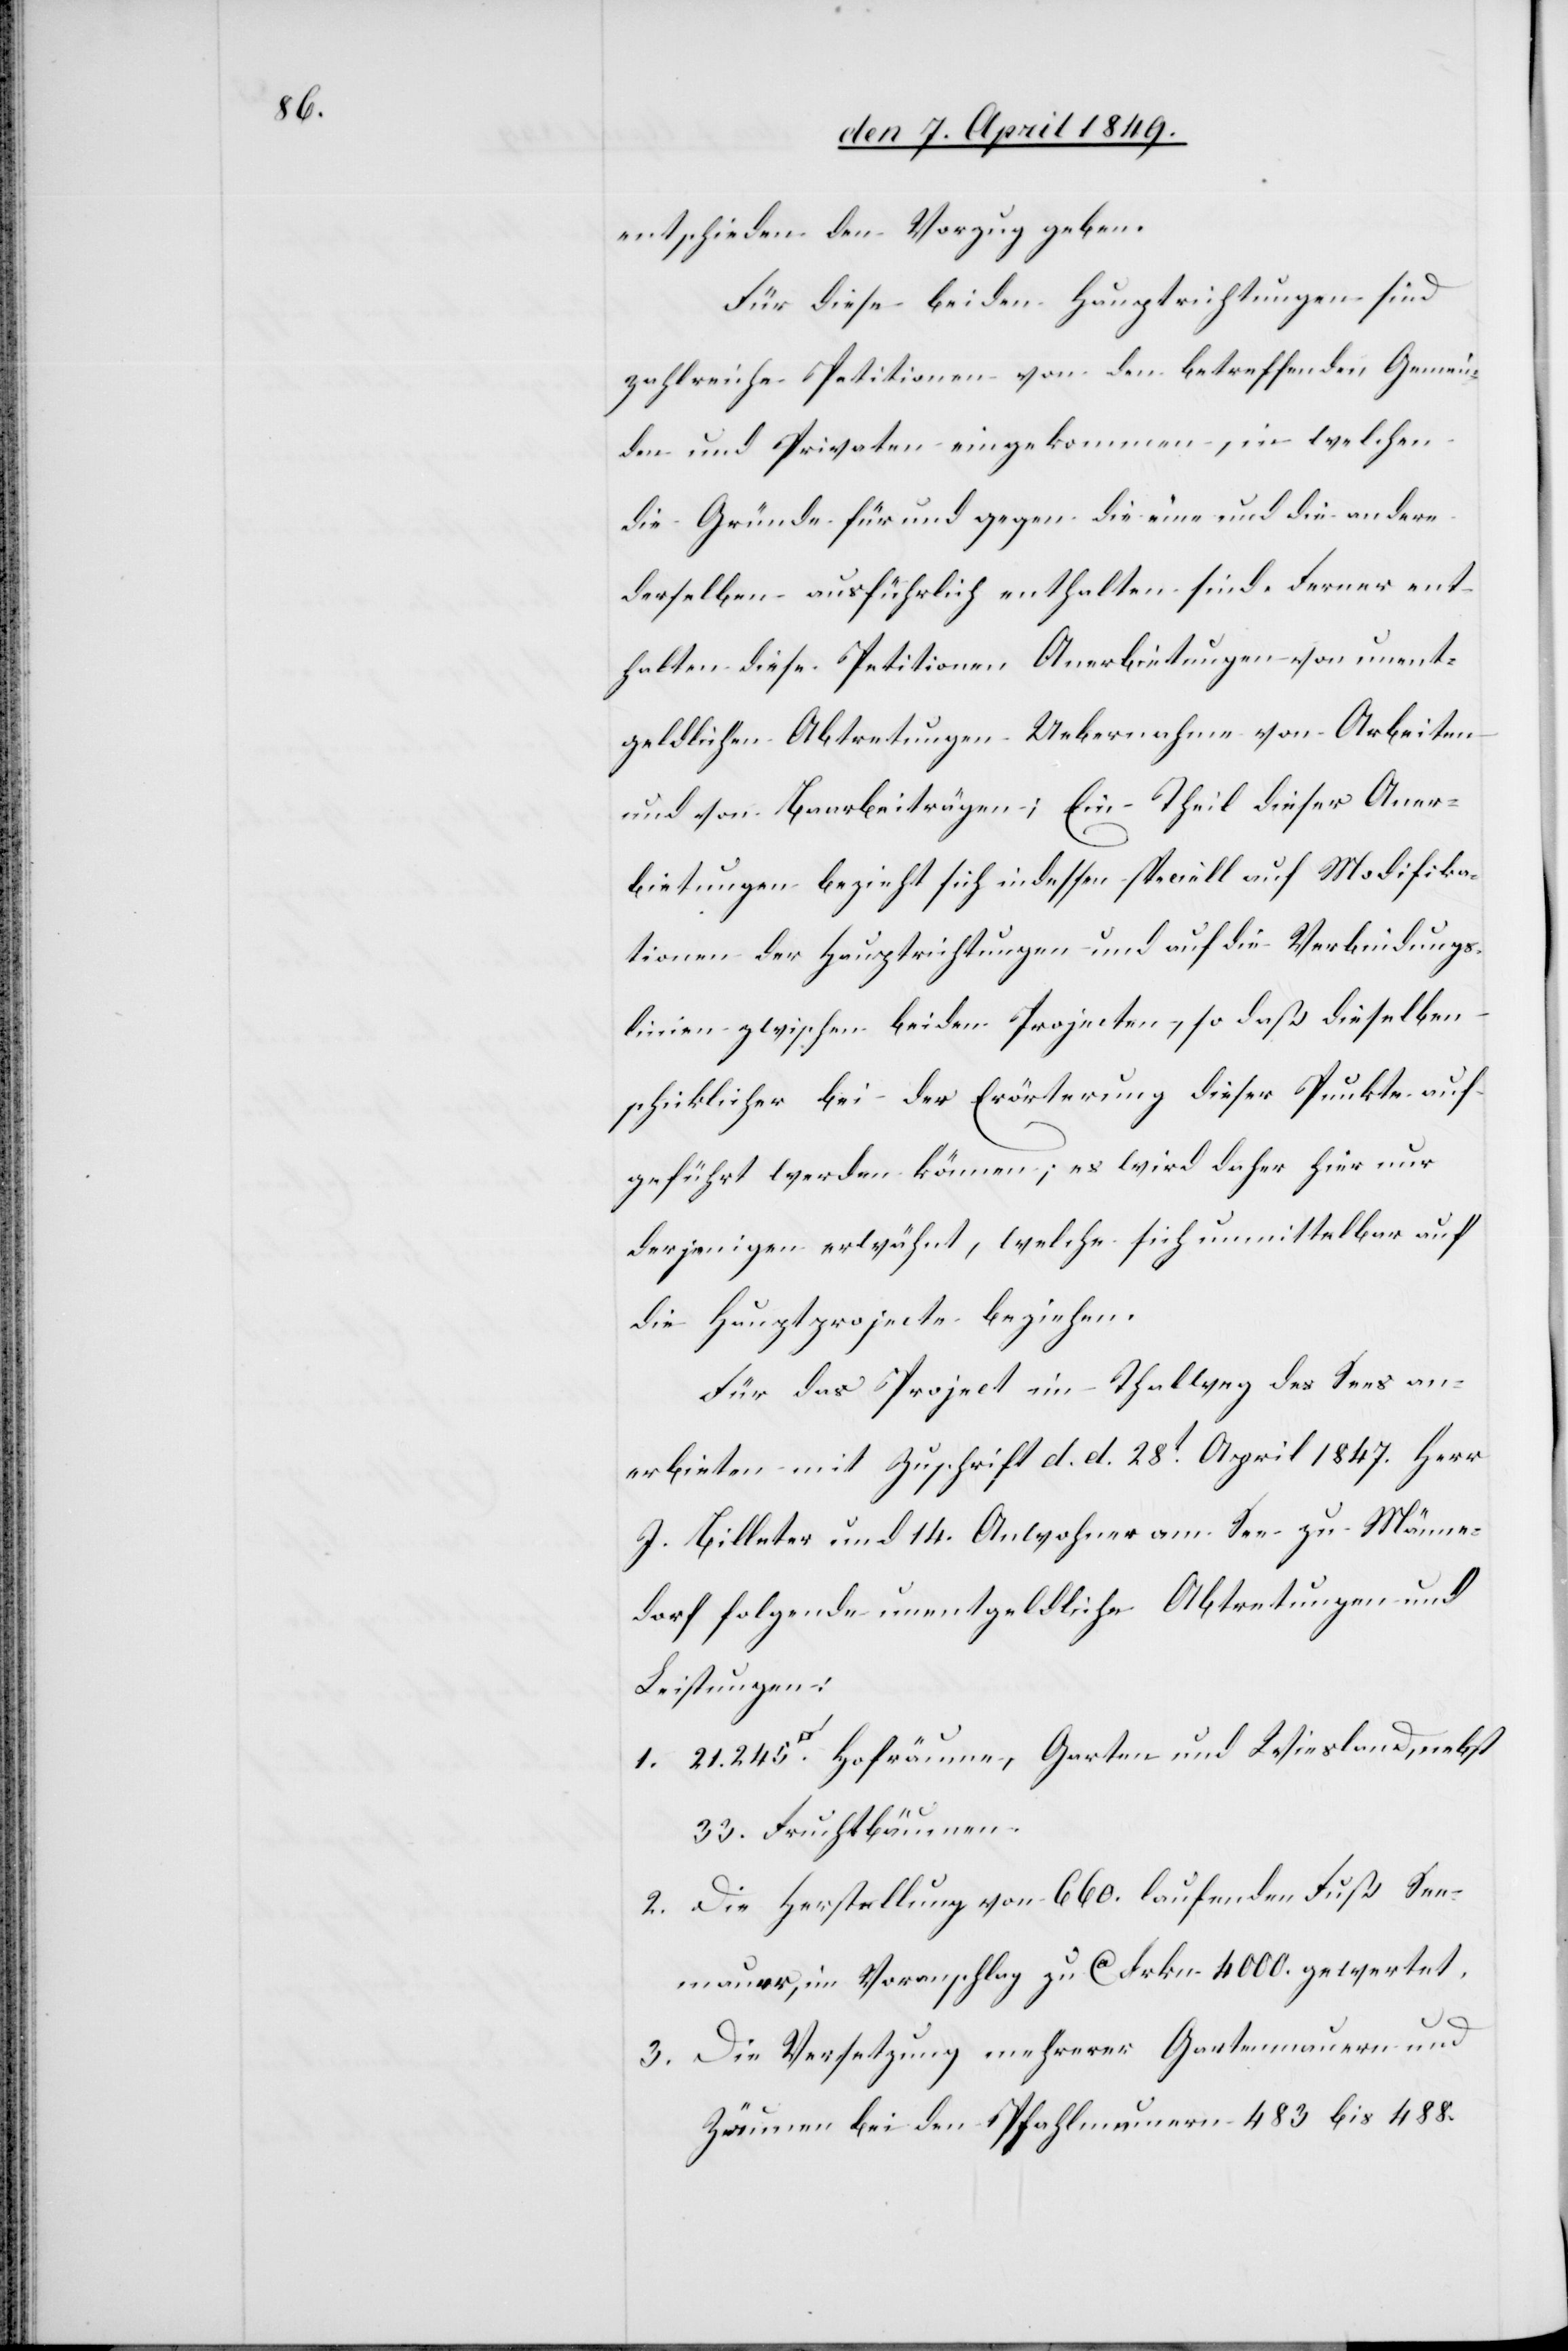
entschieden den Vorzug geben.
Für diese beiden Hauptrichtungen sind
zahlreiche Petitionen von den betreffenden Gemein¬
den und Privaten eingekommen, in welchen
die Gründe für und gegen die eine und die andere
derselben ausführlich enthalten sind. Ferner ent¬
halten diese Petitionen Anerbietungen von unent¬
geldlichen Abtretungen[,] Uebernahme von Arbeiten
und von Baarbeiträgen; Ein Theil dieser Aner¬
bietungen bezieht sich indessen speciell auf Modifika¬
tionen der Hauptrichtungen und auf die Verbindungs¬
linien zwischen beiden Projecten, so daß dieselben
schicklicher bei der Erörterung dieser Punkte auf¬
geführt werden können; es wird daher hier nur
derjenigen erwähnt, welche sich unmittelbar auf
die Hauptprojecte beziehen.
Für das Project im Thalweg des Sees an¬
erbieten mit Zuschrift d. d. 28t April 1847. Herr
J. Billeter und 14. Anwohner am See zu Männe¬
dorf folgende unentgeldliche Abtretungen und
Leistungen:
Hofräume, Garten und Wiesland, nebst
33. Fruchtbäumen.
2. Die Herstellung von 660. laufenden Fuß See¬
mauer, im Voranschlag zu ca Frkn. 4000. gewertet.
1.
3. Die Versetzung mehrerer Gartenmauern und
Zäunen bei den Pfahlmauern 483. bis 488.